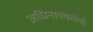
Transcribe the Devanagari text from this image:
अधिनायकतंत्री